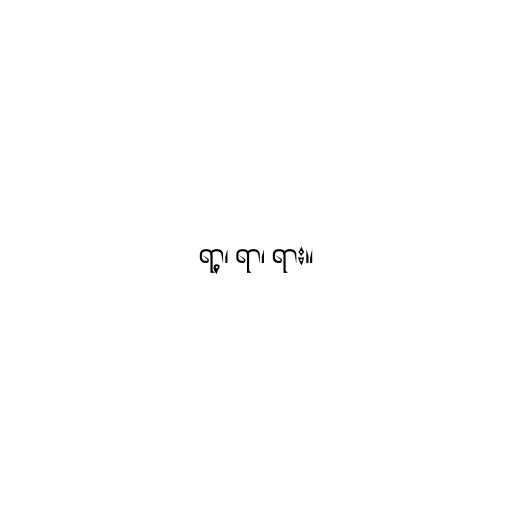
ရာ့၊ ရာ၊ ရား။